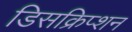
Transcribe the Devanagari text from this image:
डिसक्रिप्शन